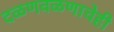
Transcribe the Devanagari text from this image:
दळणवळणाचेही